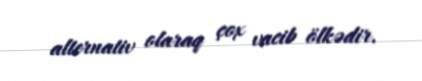
alternativ olaraq çox vacib ölkədir.